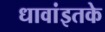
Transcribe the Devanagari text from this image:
धावांइतके